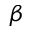
\beta